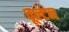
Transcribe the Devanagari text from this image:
वूल्टन